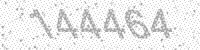
Solution: 144464